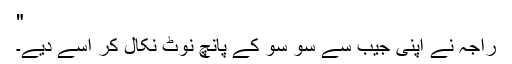
"
راجہ نے اپنی جیب سے سو سو کے پانچ نوٹ نکال کر اسے دیے۔